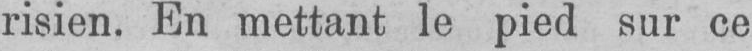
risien. En mettant le pied sur ce